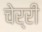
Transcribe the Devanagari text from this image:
चेर्री